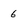
Character: 6